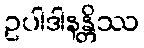
ဥပါဒါနန္တိဿ